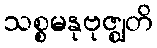
သစ္စမနုဗုဇ္ဈတိ